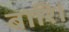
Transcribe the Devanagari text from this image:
बारि।